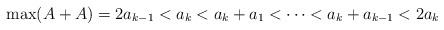
LaTeX: \begin{align*}\max(A+A) = 2a_{k-1} < a_k < a_k+a_1 < \cdots < a_k + a_{k-1} < 2a_k\end{align*}